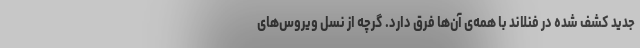
جدید کشف شده در فنلاند با همه‌ی آن‌ها فرق دارد. گرچه از نسل ویروس‌های